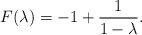
\begin{align*}F(\lambda)= -1 + \frac{1}{1-\lambda} .\end{align*}